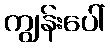
ကျွန်းပေါ်